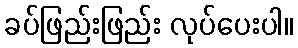
ခပ်ဖြည်းဖြည်း လုပ်ပေးပါ။